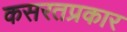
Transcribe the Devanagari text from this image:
कसरतप्रकार